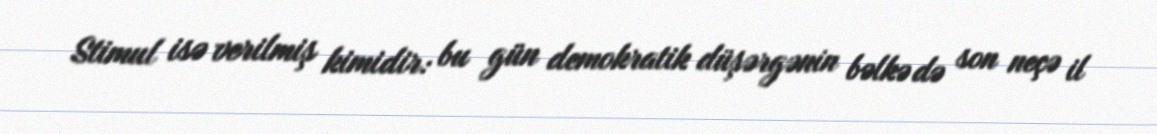
Stimul isə verilmiş kimidir: bu gün demokratik düşərgənin bəlkə də son neçə il